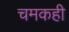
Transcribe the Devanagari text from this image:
चमकही